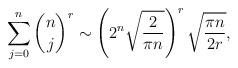
LaTeX: \begin{align*}\sum_{j=0}^n \binom{n}{j}^r \sim \left(2^n \sqrt{\frac{2}{\pi n}}\right)^r \sqrt{\frac{\pi n}{2r}},\end{align*}